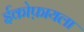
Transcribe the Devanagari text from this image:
ईकोफ़ायला